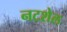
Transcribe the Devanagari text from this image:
नटशेल